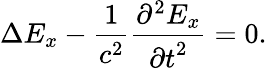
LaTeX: \Delta E_{x}-\frac{1}{c^{2}}\frac{{\partial}^{2}E_{x}}{{\partial t}^{2}}=0.